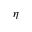
\eta